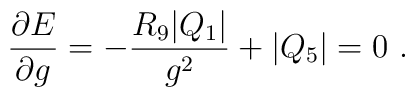
{\partial E \over \partial g} = - {R_9 |Q_1|\over g^2} +  |Q_5|=0 \ .